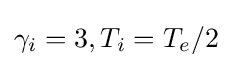
\gamma _{i}=3,T_{i}=T_{e}/2